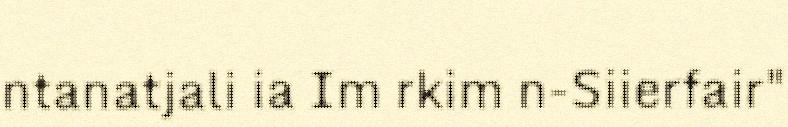
ntanatjali ia Im rkim n-Siierfair"